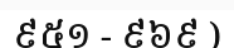
៩៥១ - ៩៦៩ )